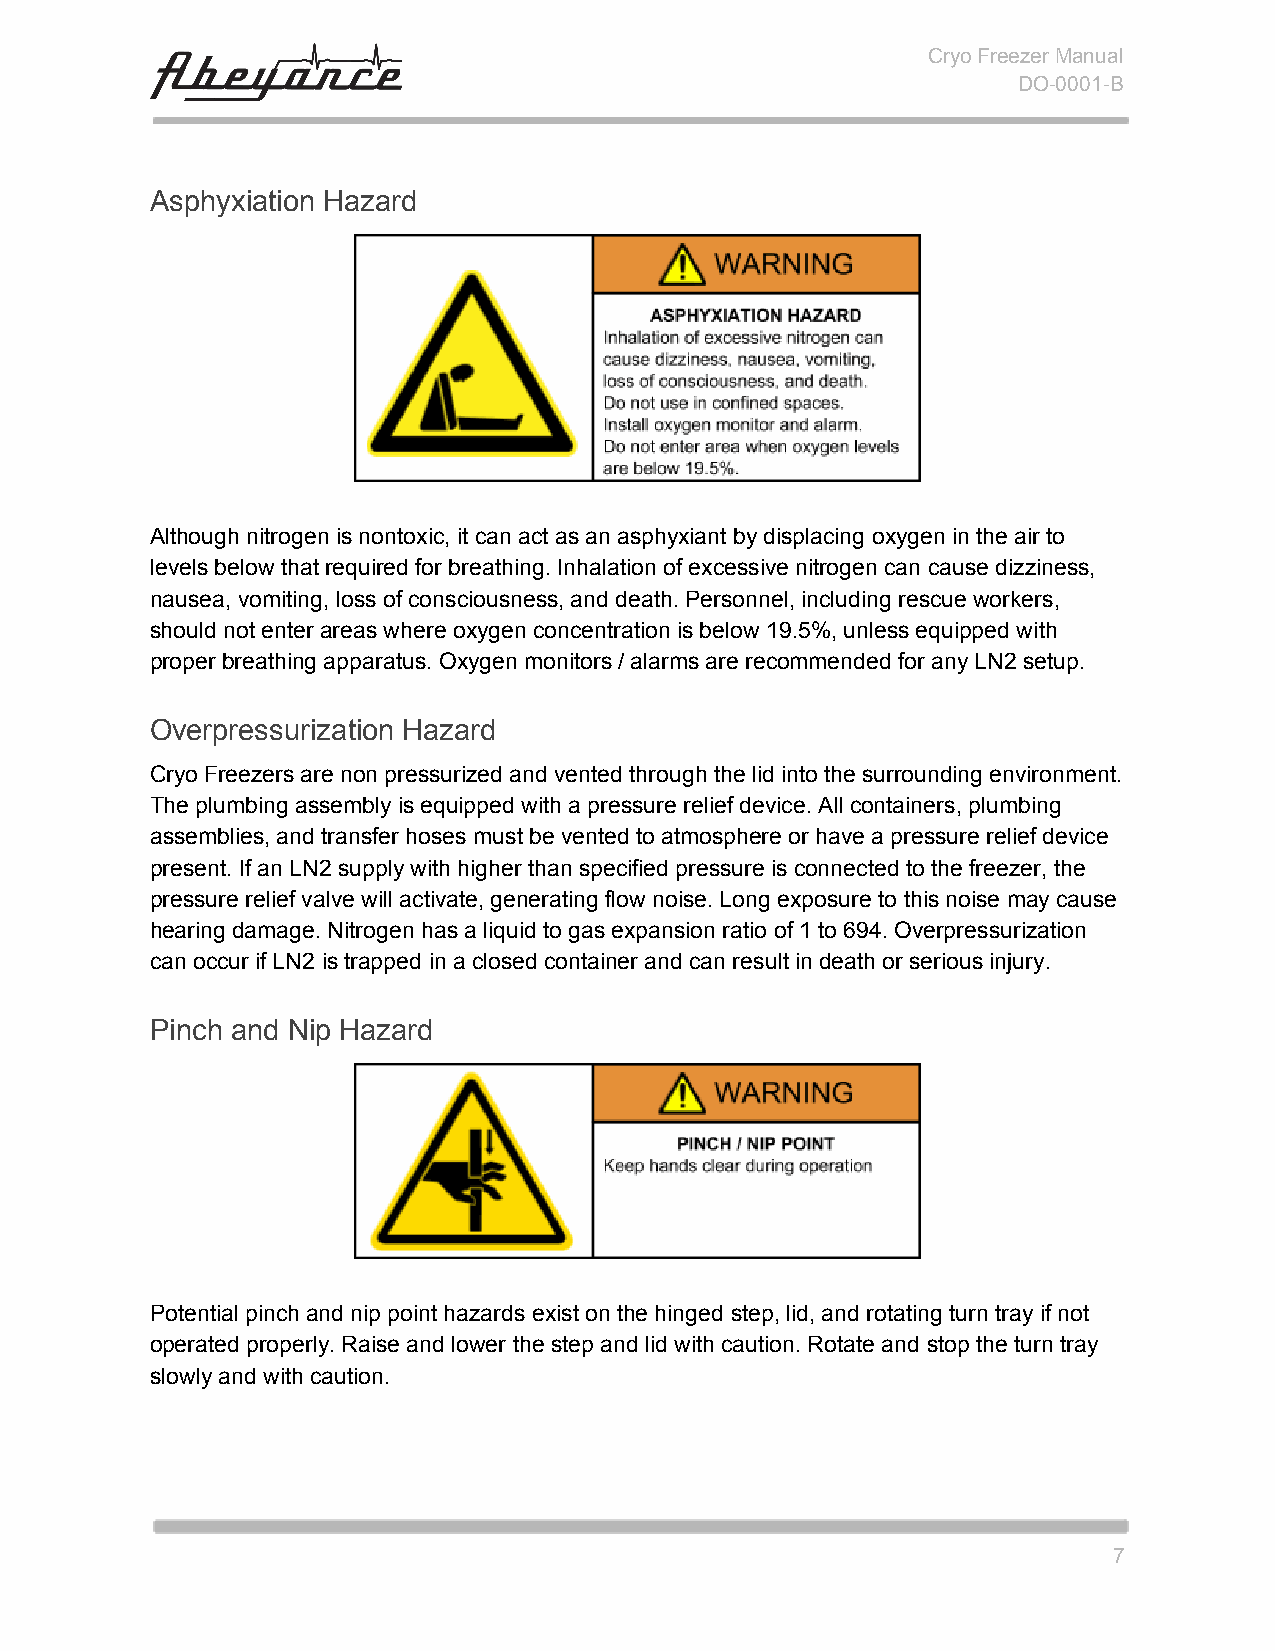
Cryo Freezer Manual
 DO-0001-B
 Asphyxiation Hazard
 Although nitrogen is nontoxic, it can act as an asphyxiant by displacing oxygen in the air to
 levels below that required for breathing. Inhalation of excessive nitrogen can cause dizziness,
 nausea, vomiting, loss of consciousness, and death. Personnel, including rescue workers,
 should not enter areas where oxygen concentration is below 19.5%, unless equipped with
 proper breathing apparatus. Oxygen monitors / alarms are recommended for any LN2 setup.
 Overpressurization Hazard
 Cryo Freezers are non pressurized and vented through the lid into the surrounding environment.
 The plumbing assembly is equipped with a pressure relief device. All containers, plumbing
 assemblies, and transfer hoses must be vented to atmosphere or have a pressure relief device
 present. If an LN2 supply with higher than specified pressure is connected to the freezer, the
 pressure relief valve will activate, generating flow noise. Long exposure to this noise may cause
 hearing damage. Nitrogen has a liquid to gas expansion ratio of 1 to 694. Overpressurization
 can occur if LN2 is trapped in a closed container and can result in death or serious injury.
 Pinch and Nip Hazard
 Potential pinch and nip point hazards exist on the hinged step, lid, and rotating turn tray if not
 operated properly. Raise and lower the step and lid with caution. Rotate and stop the turn tray
 slowly and with caution.
 7